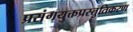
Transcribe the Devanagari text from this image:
प्रसंगयुक्तप्रस्तुतिकरण